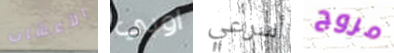
الأعشاب اوبي أسرعي مروج